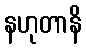
နဟုတာနိ